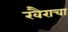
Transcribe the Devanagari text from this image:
खैराचा